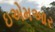
ઇએમઆર